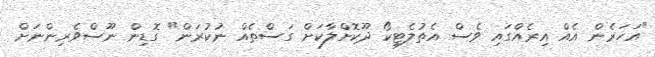
"އަހަރެން އެއް އިރެއްގައި ވެސް އެތުލެޓިކޯ ދޫކޮށްލާކަށް ގަސްތެއް ނުކުރަން" ގޮޑިން ނޫސްވެރިންނަށް